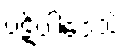
ပဋိပါဒေသိံ